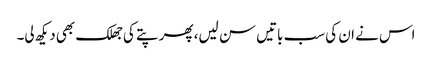
اس نے ان کی سب باتیں سن لیں، پھر پتے کی جھلک بھی دیکھ لی۔